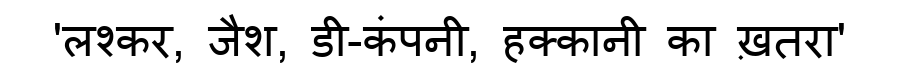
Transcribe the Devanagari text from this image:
'लश्कर, जैश, डी-कंपनी, हक्कानी का ख़तरा'